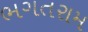
ભગતરામ